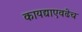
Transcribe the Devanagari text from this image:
कायद्याएवढेच